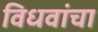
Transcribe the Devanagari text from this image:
विधवांचा